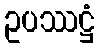
ဥပဿဋ္ဌံ